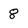
Character: 8